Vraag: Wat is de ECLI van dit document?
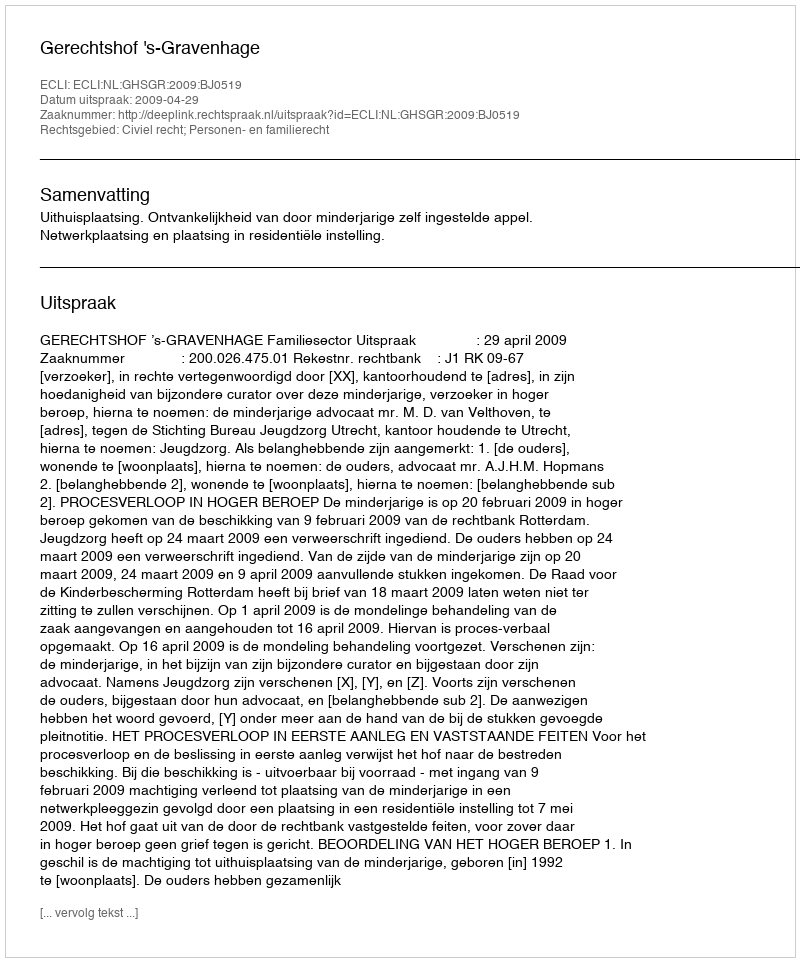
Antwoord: ECLI:NL:GHSGR:2009:BJ0519